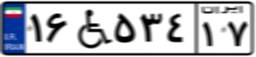
۱۶W۵۳۴۱۷